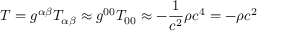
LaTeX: T = g ^ { \alpha \beta } T _ { \alpha \beta } \approx g ^ { 0 0 } T _ { 0 0 } \approx - { \frac { 1 } { c ^ { 2 } } } \rho c ^ { 4 } = - \rho c ^ { 2 }